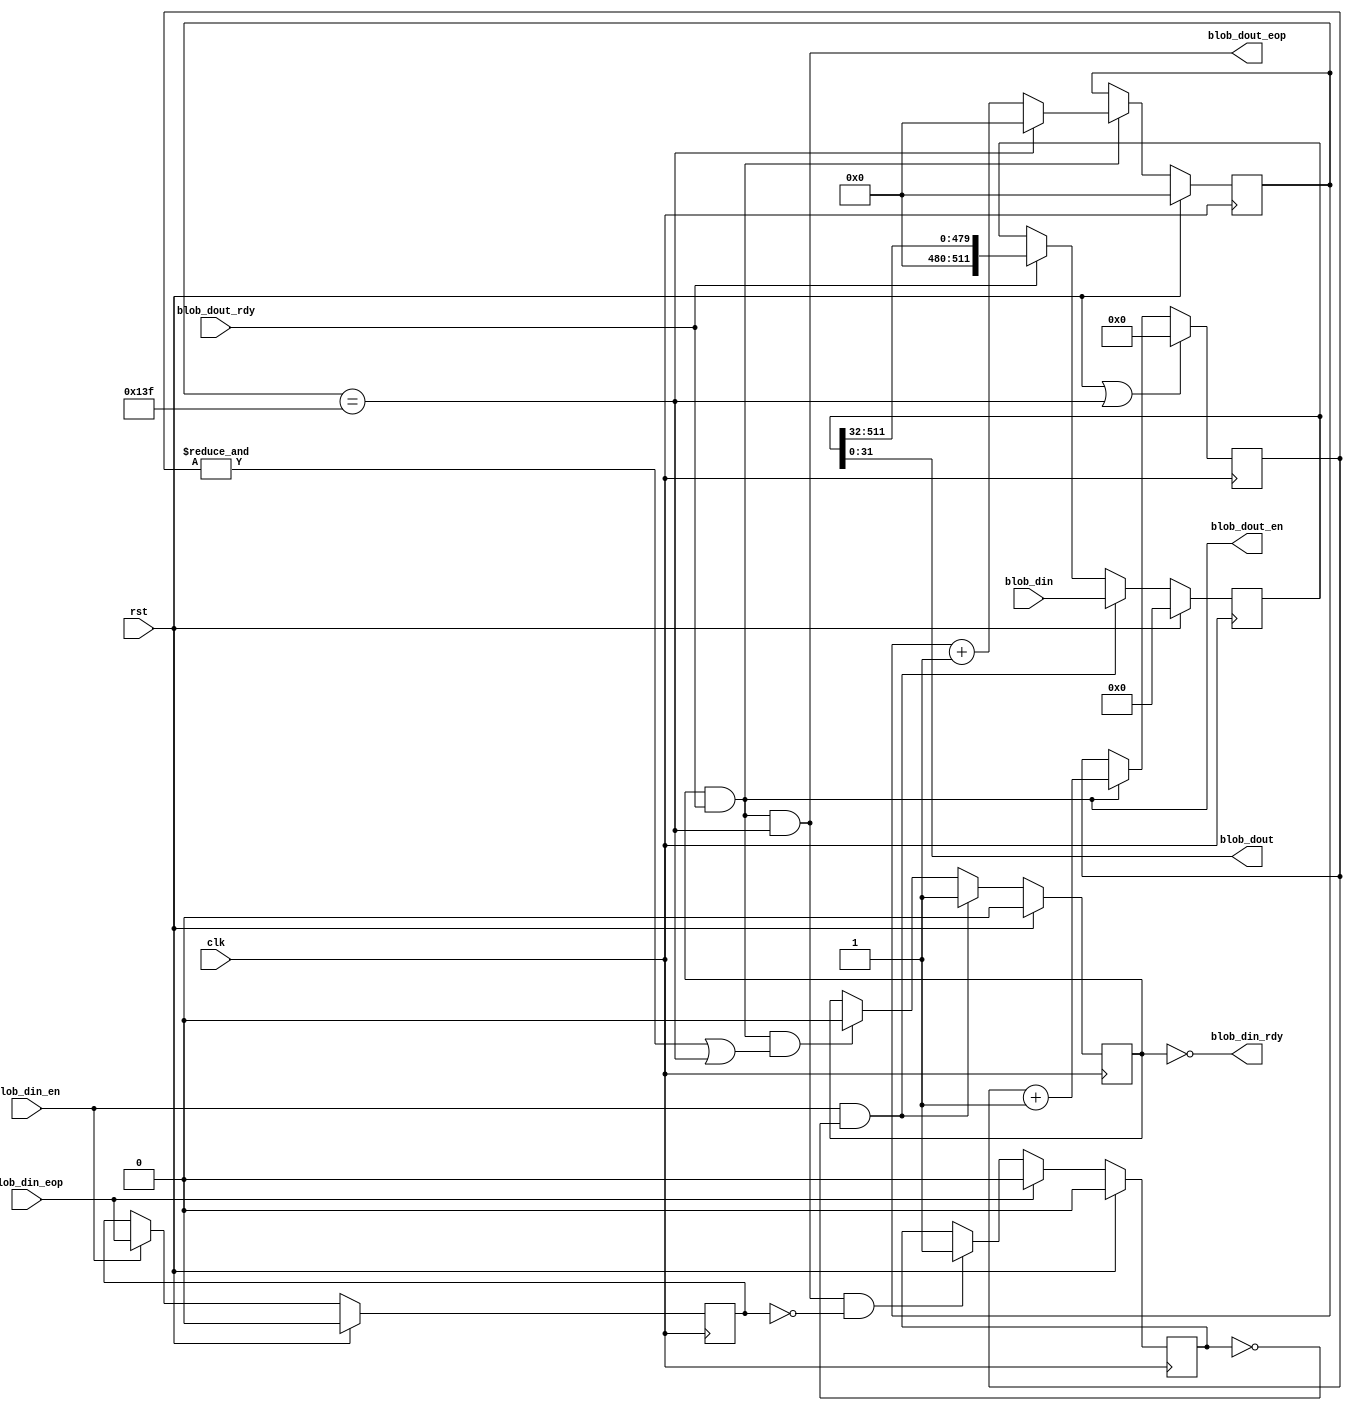
// This program was cloned from: https://github.com/IBM/AccDNN
// License: Apache License 2.0

module bus512ton(
  clk,
  rst,
  blob_din,
  blob_din_rdy,
  blob_din_en,
  blob_din_eop,
  blob_dout,
  blob_dout_rdy,
  blob_dout_en,
  blob_dout_eop
);

parameter IN_WIDTH  = 512 ;
parameter OUT_WIDTH = 32;
parameter COUNT     = 4;
parameter N         = 320;

//========================================
//input/output  declare
//========================================
input                                 clk;
input                                 rst;
input      [IN_WIDTH-1:0]             blob_din;
output                                blob_din_rdy;
input                                 blob_din_en;
input                                 blob_din_eop;
output     [OUT_WIDTH-1:0]            blob_dout;
input                                 blob_dout_rdy;
output                                blob_dout_en;
output                                blob_dout_eop;

reg [COUNT-1:0] dout_cnt;
reg [31:0] dout_cnt_total;
always @ (posedge clk)
begin
  if(rst | (dout_cnt_total == N-1))
    dout_cnt <= 0;
  else if(blob_dout_en)
    dout_cnt <= dout_cnt + 1'b1;
  else
    dout_cnt <= dout_cnt;
end

always @ (posedge clk)
begin
  if(rst)
    dout_cnt_total <= 32'b0;
  else if(blob_dout_en)
  begin
    if(dout_cnt_total == N-1)
      dout_cnt_total <= 32'b0;
    else
      dout_cnt_total <= dout_cnt_total + 1'b1;
  end
  else
    dout_cnt_total <= dout_cnt_total;
end

reg last_blob_din;
always @ (posedge clk)
begin
  if (rst)
     last_blob_din <= 1'b0;
  else if (blob_din_en)
     last_blob_din <= blob_din_eop;
  else
     last_blob_din <= last_blob_din;
end

reg trunc_en;
always @ (posedge clk)
begin
  if(rst)
      trunc_en <= 1'b0;
  else if(blob_din_eop)
      trunc_en <= 1'b0;
  else if(blob_dout_eop & (~last_blob_din)) 
      trunc_en <= 1'b1;
  else
      trunc_en <= trunc_en;
end

reg read_write_sel;
always @ (posedge clk)
begin
  if(rst)
    read_write_sel <= 1'b0;
  else if(blob_din_en & (~trunc_en))
    read_write_sel <= 1'b1;
  else if(blob_dout_en & ((&dout_cnt)|(dout_cnt_total == N-1)))
    read_write_sel <= 1'b0;
  else
    read_write_sel <= read_write_sel;
end

reg  [IN_WIDTH-1:0]  din_tmp;
always @ (posedge clk)
begin
  if(rst)
    din_tmp <= 0;
  else if(blob_din_en & (~trunc_en))
    din_tmp <= blob_din;
  else if(blob_dout_rdy)
    din_tmp <= (din_tmp >> OUT_WIDTH);
  else
    din_tmp <= din_tmp;
end

assign blob_dout = din_tmp[OUT_WIDTH-1:0];
assign blob_din_rdy = ~read_write_sel;
assign blob_dout_en = read_write_sel & blob_dout_rdy;
assign blob_dout_eop = blob_dout_en & (dout_cnt_total == N-1);

endmodule